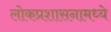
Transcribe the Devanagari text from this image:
लोकप्रशासनामध्ये